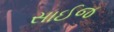
સાઈજ